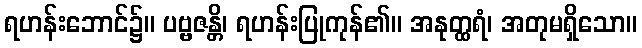
ရဟန်းဘောင်၌။ ပဗ္ဗဇန္တိ၊ ရဟန်းပြုကုန်၏။ အနုတ္ထရံ၊ အတုမရှိသော။